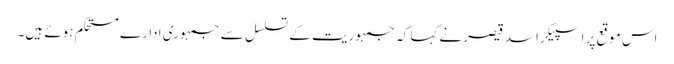
اس موقع پر اسپیکر اسد قیصر نے کہا کہ جمہوریت کے تسلسل سے جمہوری ادارے مستحکم ہوئے ہیں۔